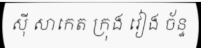
ស៊ី សាកេត ក្រុង វៀង ច័ន្ទ